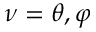
\nu = \theta , \varphi